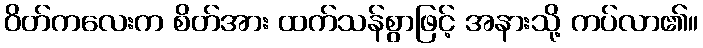
ဝိတ်ကလေးက စိတ်အား ထက်သန်စွာဖြင့် အနားသို့ ကပ်လာ၏။